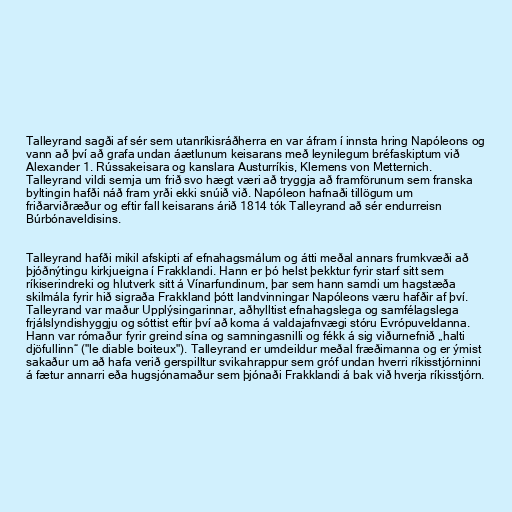
Talleyrand sagði af sér sem utanríkisráðherra en var áfram í innsta hring Napóleons og
vann að því að grafa undan áætlunum keisarans með leynilegum bréfaskiptum við
Alexander 1. Rússakeisara og kanslara Austurríkis, Klemens von Metternich.
Talleyrand vildi semja um frið svo hægt væri að tryggja að framförunum sem franska
byltingin hafði náð fram yrði ekki snúið við. Napóleon hafnaði tillögum um
friðarviðræður og eftir fall keisarans árið 1814 tók Talleyrand að sér endurreisn
Búrbónaveldisins.

Talleyrand hafði mikil afskipti af efnahagsmálum og átti meðal annars frumkvæði að
þjóðnýtingu kirkjueigna í Frakklandi. Hann er þó helst þekktur fyrir starf sitt sem
ríkiserindreki og hlutverk sitt á Vínarfundinum, þar sem hann samdi um hagstæða
skilmála fyrir hið sigraða Frakkland þótt landvinningar Napóleons væru hafðir af því.
Talleyrand var maður Upplýsingarinnar, aðhylltist efnahagslega og samfélagslega
frjálslyndishyggju og sóttist eftir því að koma á valdajafnvægi stóru Evrópuveldanna.
Hann var rómaður fyrir greind sína og samningasnilli og fékk á sig viðurnefnið „halti
djöfullinn“ ("le diable boiteux"). Talleyrand er umdeildur meðal fræðimanna og er ýmist
sakaður um að hafa verið gerspilltur svikahrappur sem gróf undan hverri ríkisstjórninni
á fætur annarri eða hugsjónamaður sem þjónaði Frakklandi á bak við hverja ríkisstjórn.